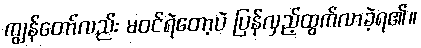
ကျွန်တော်လည်း မဝင်ရဲတော့ပဲ ပြန်လှည့်ထွက်လာခဲ့ရ၏။